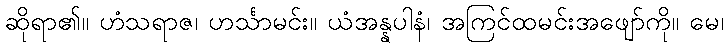
ဆိုရာ၏။ ဟံသရာဇ၊ ဟင်္သာမင်း။ ယံအန္နပါနံ၊ အကြင်ထမင်းအဖျော်ကို။ မေ၊